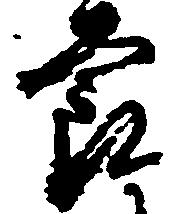
節